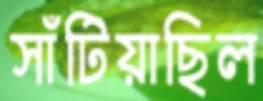
সাঁটিয়াছিল